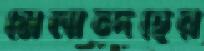
মেলান্দহের